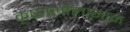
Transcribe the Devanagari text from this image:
कृष्णलीलागान